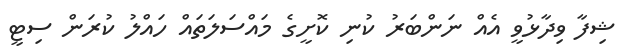
ޝިފާ ވިދާޅުވީ އެއް ނަންބަރު ކުނި ކޮށީގެ މައްސަލަތައް ހައްލު ކުރަން ސިޓީ